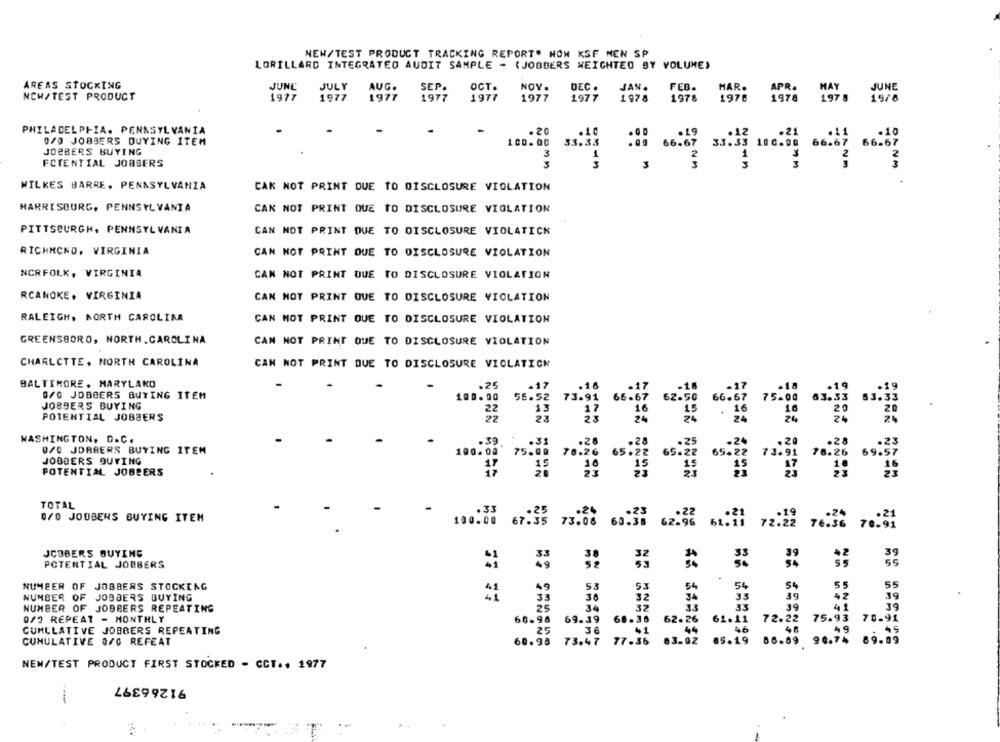
NEW/TEST PRODUCT TRACKING REPORT" HOW KSF MEN SP
LORILLARD INTEGRATED AUDIT SAMPLE - (JOBBERS WEIGHTED BY VOLUME)
AREAS STOCKING
JUNE
JULY
AUG.
SEP.
OCT.
NOV.
DEC .
JAN.
FEB.
APR.
JUNE
NCW/TEST PRODUCT
1977
1977
1978
1978
1977
1977
1977
1977
1977
1978
1978
197. 1978
PHILADELPHIA, PENNSYLVANIA
. 20
.10
0/0 JOBBERS DUYING ITEM
100 .00
33.33
JOBBERS BUYING
1
FCTENTIAL JOBSERS
3
3
-NM
3
can
WILKES BARRE, PENASYLVANZA
CAK NOT PRINT DUE TO DISCLOSURE VIOLATION
HARRISBURG, PENNSYLVANIA
CAN NOT PRINT QUE TO DISCLOSURE VIOLATION
PITTSBURGH, PENNSYLVANIA
CAN NOT PRINT DUE TO DISCLOSURE VIOLATICK
RICHMOND, VIRGINIA
CAN NOT PRINT DUE TO DISCLOSURE VIOLATION
NCRFOLK, VIRGINIA
CAN NOT PRINT DUE TO DISCLOSURE VIOLATION
RCANOKE. VIRGINIA
CAN NOT PRINT QUE TO DISCLOSURE VIOLATION
RALEIGH, NORTH CAROLINA
CAN MOT PRINT DUE TO DISCLOSURE VIOLATION
GREENSBORO, NORTH CAROLINA
CAN NOT PRINT QUE TO DISCLOSURE VIOLATION
CHARLOTTE, NORTH CAROLINA
CAN NOT PRINT QUE TO DISCLOSURE VIOLATION
BALTIMORE. MARYLAKO
-17
0/0 JOBBERS BUYING ITEM
100.00
56.52
JOBBERS BUYING
13
22
23
POTENTIAL JOBBERS
22
WASHINGTON, D.C.
.39
.31
0/0 JOBBERS BUYING ITEM
100.00
JOBBERS OUTING
75.00
17
15
POTENTIAL JOBBERS
17
TOTAL
0/0 JODBENS BUYING ITEM
100.00 67:35 73:08 60:38 62:48 61. 11 72.29 76.32 7031
JCOBERS BUYING
POTENTIAL JOBBERS
NUMBER OF JOBBERS STOCKING
NUMBER OF JOBBERS BUYING
NUMBER OF JOBBERS REPEATING
0/0 REPEAT - MONTHLY
CUMULATIVE JOBBERS REPEATING
CUMULATIVE 0/0 REFEAT
NEW/TEST PRODUCT FIRST STOCKED - CCT .. 1977
91266397